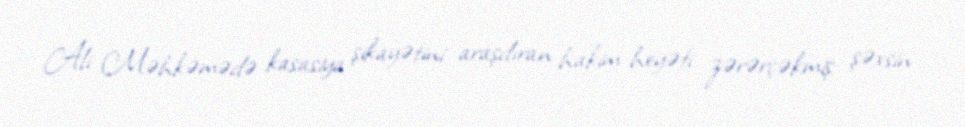
Ali Məhkəmədə kasasiya şikayətini araşdıran hakim heyəti zərərçəkmiş şəxsin